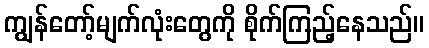
ကျွန်တော့်မျက်လုံးတွေကို စိုက်ကြည့်နေသည်။